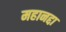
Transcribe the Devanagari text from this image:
महानद्दा